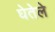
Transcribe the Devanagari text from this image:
घेतेले